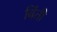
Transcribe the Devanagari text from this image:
बिंती